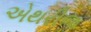
એથરીજ